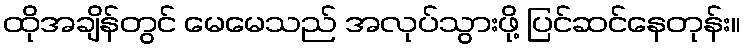
ထိုအချိန်တွင် မေမေသည် အလုပ်သွားဖို့ ပြင်ဆင်နေတုန်း။